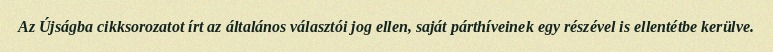
Az Újságba cikksorozatot írt az általános választói jog ellen, saját párthíveinek egy részével is ellentétbe kerülve.